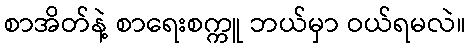
စာအိတ်နဲ့ စာရေးစက္ကူ ဘယ်မှာ ဝယ်ရမလဲ။